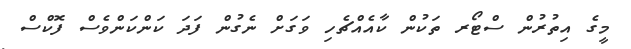
މީގެ އިތުރުން ސްޓޯރ ތަކުން ކާއެއްޗެހި ވަގަށް ނެގުން ފަދަ ކަންކަންވެސް ފޮކްސް